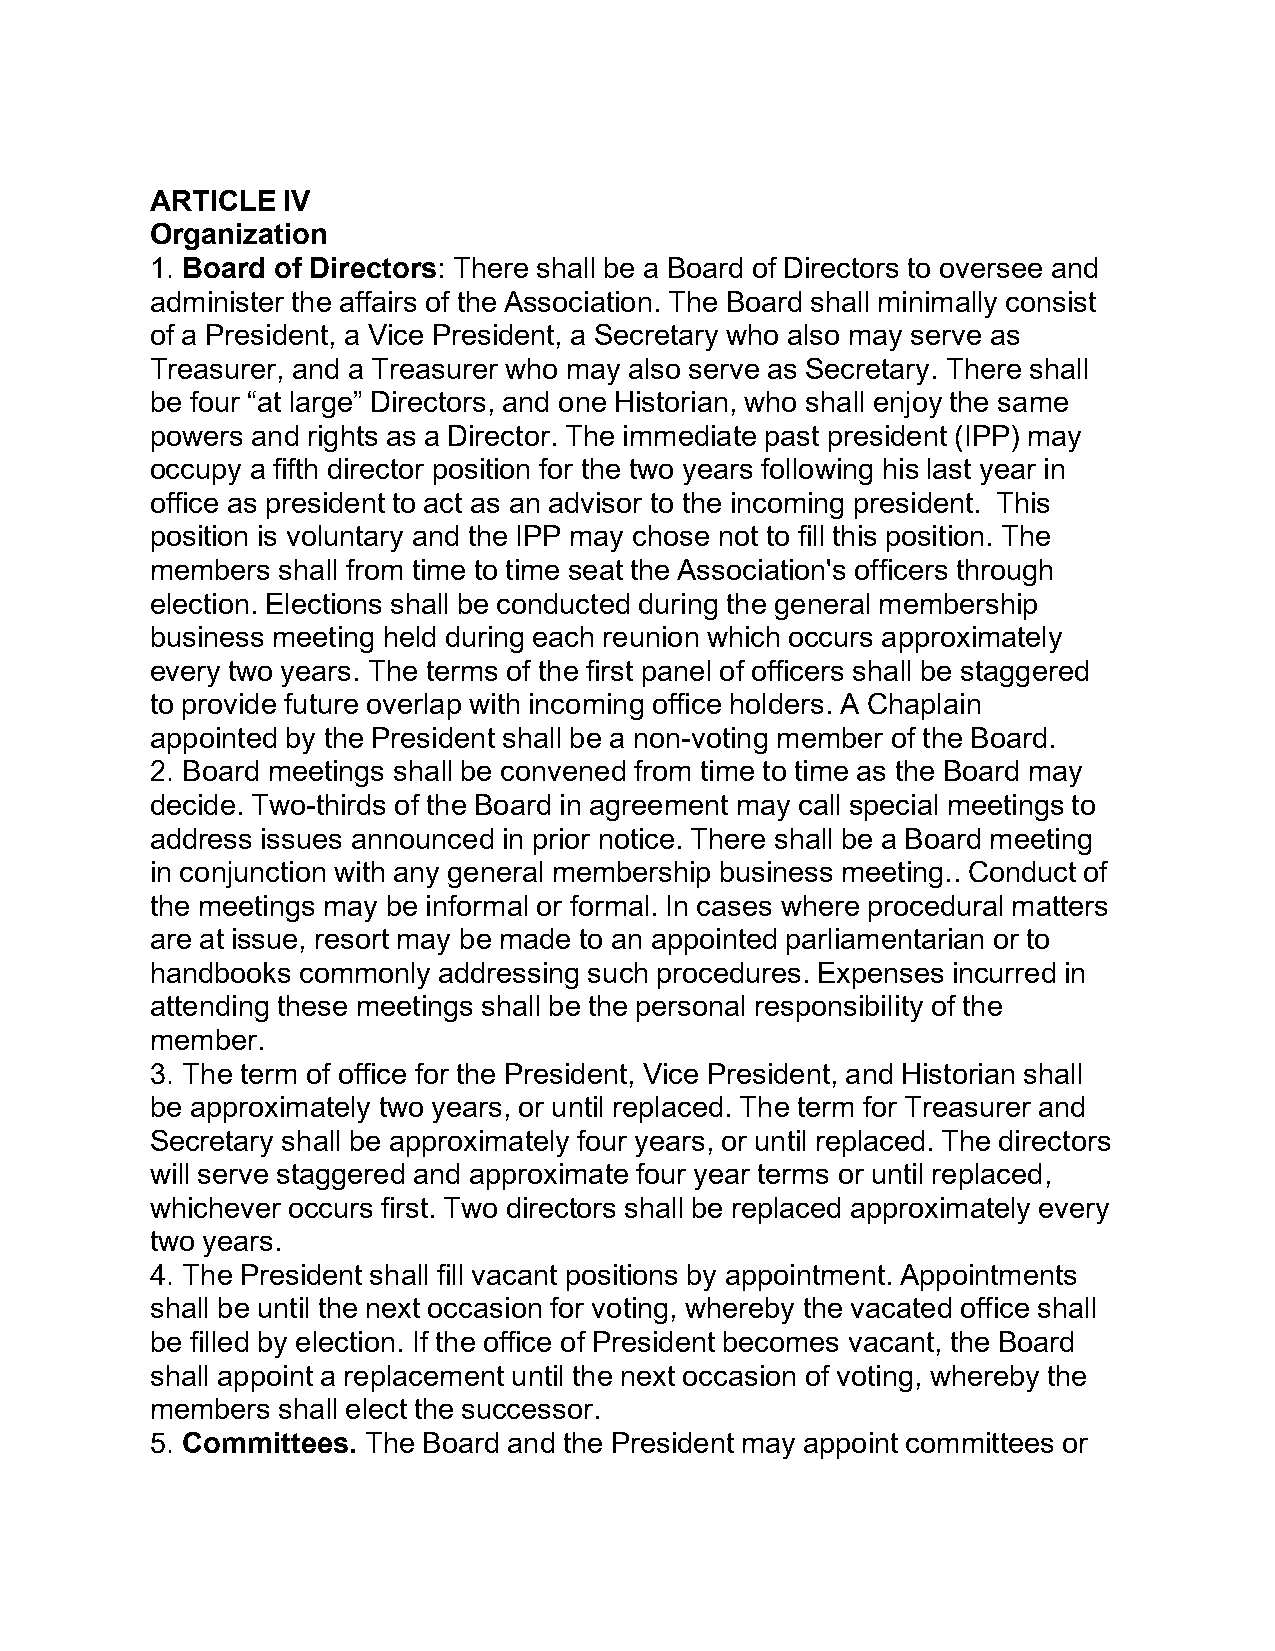
ARTICLE  IV
 Organization
 1. Board of Directors: There shall be a Board of Directors to oversee and
 administer the affairs of the Association. The Board shall minimally consist
 of a President, a Vice President, a Secretary who also may serve as
 Treasurer, and a Treasurer who may also serve as Secretary. There shall
 be four “at large” Directors, and one Historian, who shall enjoy the same
 powers and rights as a Director. The immediate past president (IPP) may
 occupy a fifth director position for the two years following his last year in
 office as president to act as an advisor to the incoming president. This
 position is voluntary and the IPP may chose not to fill this position. The
 members shall from time to time seat the Association's officers through
 election. Elections shall be conducted during the general membership
 business meeting held during each reunion which occurs approximately
 every two years. The terms of the first panel of officers shall be staggered
 to provide future overlap with incoming office holders. A Chaplain
 appointed by the President shall be a non-voting member of the Board.
 2. Board meetings shall be convened from time to time as the Board may
 decide. Two-thirds of the Board in agreement may call special meetings to
 address issues announced in prior notice. There shall be a Board meeting
 in conjunction with any general membership business meeting.. Conduct of
 the meetings may be informal or formal. In cases where procedural matters
 are at issue, resort may be made to an appointed parliamentarian or to
 handbooks commonly addressing such procedures. Expenses incurred in
 attending these meetings shall be the personal responsibility of the
 member.
 3. The term of office for the President, Vice President, and Historian shall
 be approximately two years, or until replaced. The term for Treasurer and
 Secretary shall be approximately four years, or until replaced. The directors
 will serve staggered and approximate four year terms or until replaced,
 whichever occurs first. Two directors shall be replaced approximately every
 two years.
 4. The President shall fill vacant positions by appointment. Appointments
 shall be until the next occasion for voting, whereby the vacated office shall
 be filled by election. If the office of President becomes vacant, the Board
 shall appoint a replacement until the next occasion of voting, whereby the
 members shall elect the successor.
 5. Committees. The Board and the President may appoint committees or